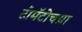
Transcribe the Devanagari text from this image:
टोमॅटोचय़ा